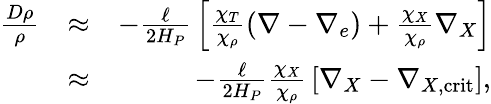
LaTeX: \begin{array}{rlr}{{\frac{D\rho}{\rho}}}&{\approx}&{-{\frac{\ell}{2H_{P}}}\left[{\frac{\chi_{T}}{\chi_{\rho}}}(\nabla-\nabla_{e})+{\frac{\chi_{X}}{\chi_{\rho}}}\nabla_{X}\right]}\\ &{\approx}&{-{\frac{\ell}{2H_{P}}}{\frac{\chi_{X}}{\chi_{\rho}}}\left[\nabla_{X}-\nabla_{X,\mathrm{crit}}\right],}\end{array}